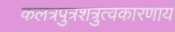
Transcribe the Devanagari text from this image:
कलत्रपुत्रशत्रुत्वकारणाय